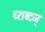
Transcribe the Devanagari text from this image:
च्शब्दज्